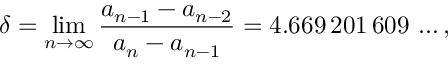
\delta = \operatorname* { l i m } _ { n \to \infty } { \frac { a _ { n - 1 } - a _ { n - 2 } } { a _ { n } - a _ { n - 1 } } } = 4 . 6 6 9 \, 2 0 1 \, 6 0 9 \, \ldots ,